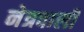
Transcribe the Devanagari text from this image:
नेत्रवाली